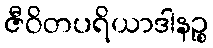
ဇီဝိတပရိယာဒါနဉ္စ